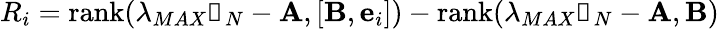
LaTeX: R_{i}=\mathrm{rank}(\lambda_{MAX}\mathbb{1}_{N}-\textbf{A},[\textbf{B},\textbf{e}_{i}])-\mathrm{rank}(\lambda_{MAX}\mathbb{1}_{N}-\textbf{A},\textbf{B})